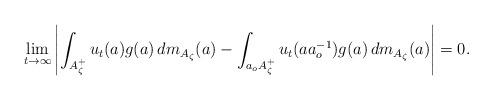
LaTeX: \begin{align*}\lim_{t\rightarrow\infty}\left|\int_{A_\zeta^+} u_t(a)g(a)\,dm_{A_\zeta}(a) - \int_{a_oA_\zeta^+} u_t(aa_o^{-1})g(a)\, dm_{A_\zeta}(a)\right|=0.\end{align*}